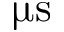
\upmu \mathrm { s }